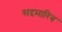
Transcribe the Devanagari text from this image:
सद्दमारिब